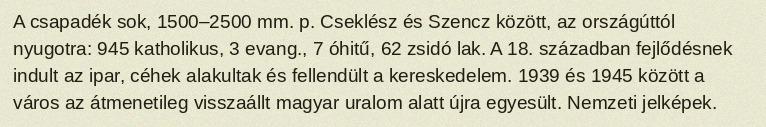
A csapadék sok, 1500–2500 mm. p. Cseklész és Szencz között, az országúttól nyugotra: 945 katholikus, 3 evang., 7 óhitű, 62 zsidó lak. A 18. században fejlődésnek indult az ipar, céhek alakultak és fellendült a kereskedelem. 1939 és 1945 között a város az átmenetileg visszaállt magyar uralom alatt újra egyesült. Nemzeti jelképek.